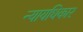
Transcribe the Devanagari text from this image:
न्यायधिकार